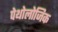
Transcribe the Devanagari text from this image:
पेथोलोजिक